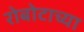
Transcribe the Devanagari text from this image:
रोबोटाच्या